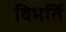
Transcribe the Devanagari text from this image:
विभर्ति